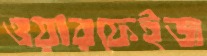
ওয়ারফেইজ